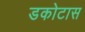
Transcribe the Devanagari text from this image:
डकोटास